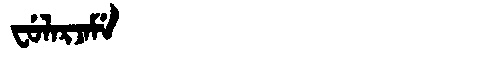
Manchu: ᠸᡠᠯᠠᡵᠵᠠᠮᡝ
Romanization: FULARJAME